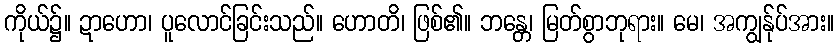
ကိုယ်၌။ ဍာဟော၊ ပူလောင်ခြင်းသည်။ ဟောတိ၊ ဖြစ်၏။ ဘန္တေ၊ မြတ်စွာဘုရား။ မေ၊ အကျွန်ုပ်အား။